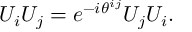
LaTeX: U _ { i } U _ { j } = e ^ { - i \theta ^ { i j } } U _ { j } U _ { i } .